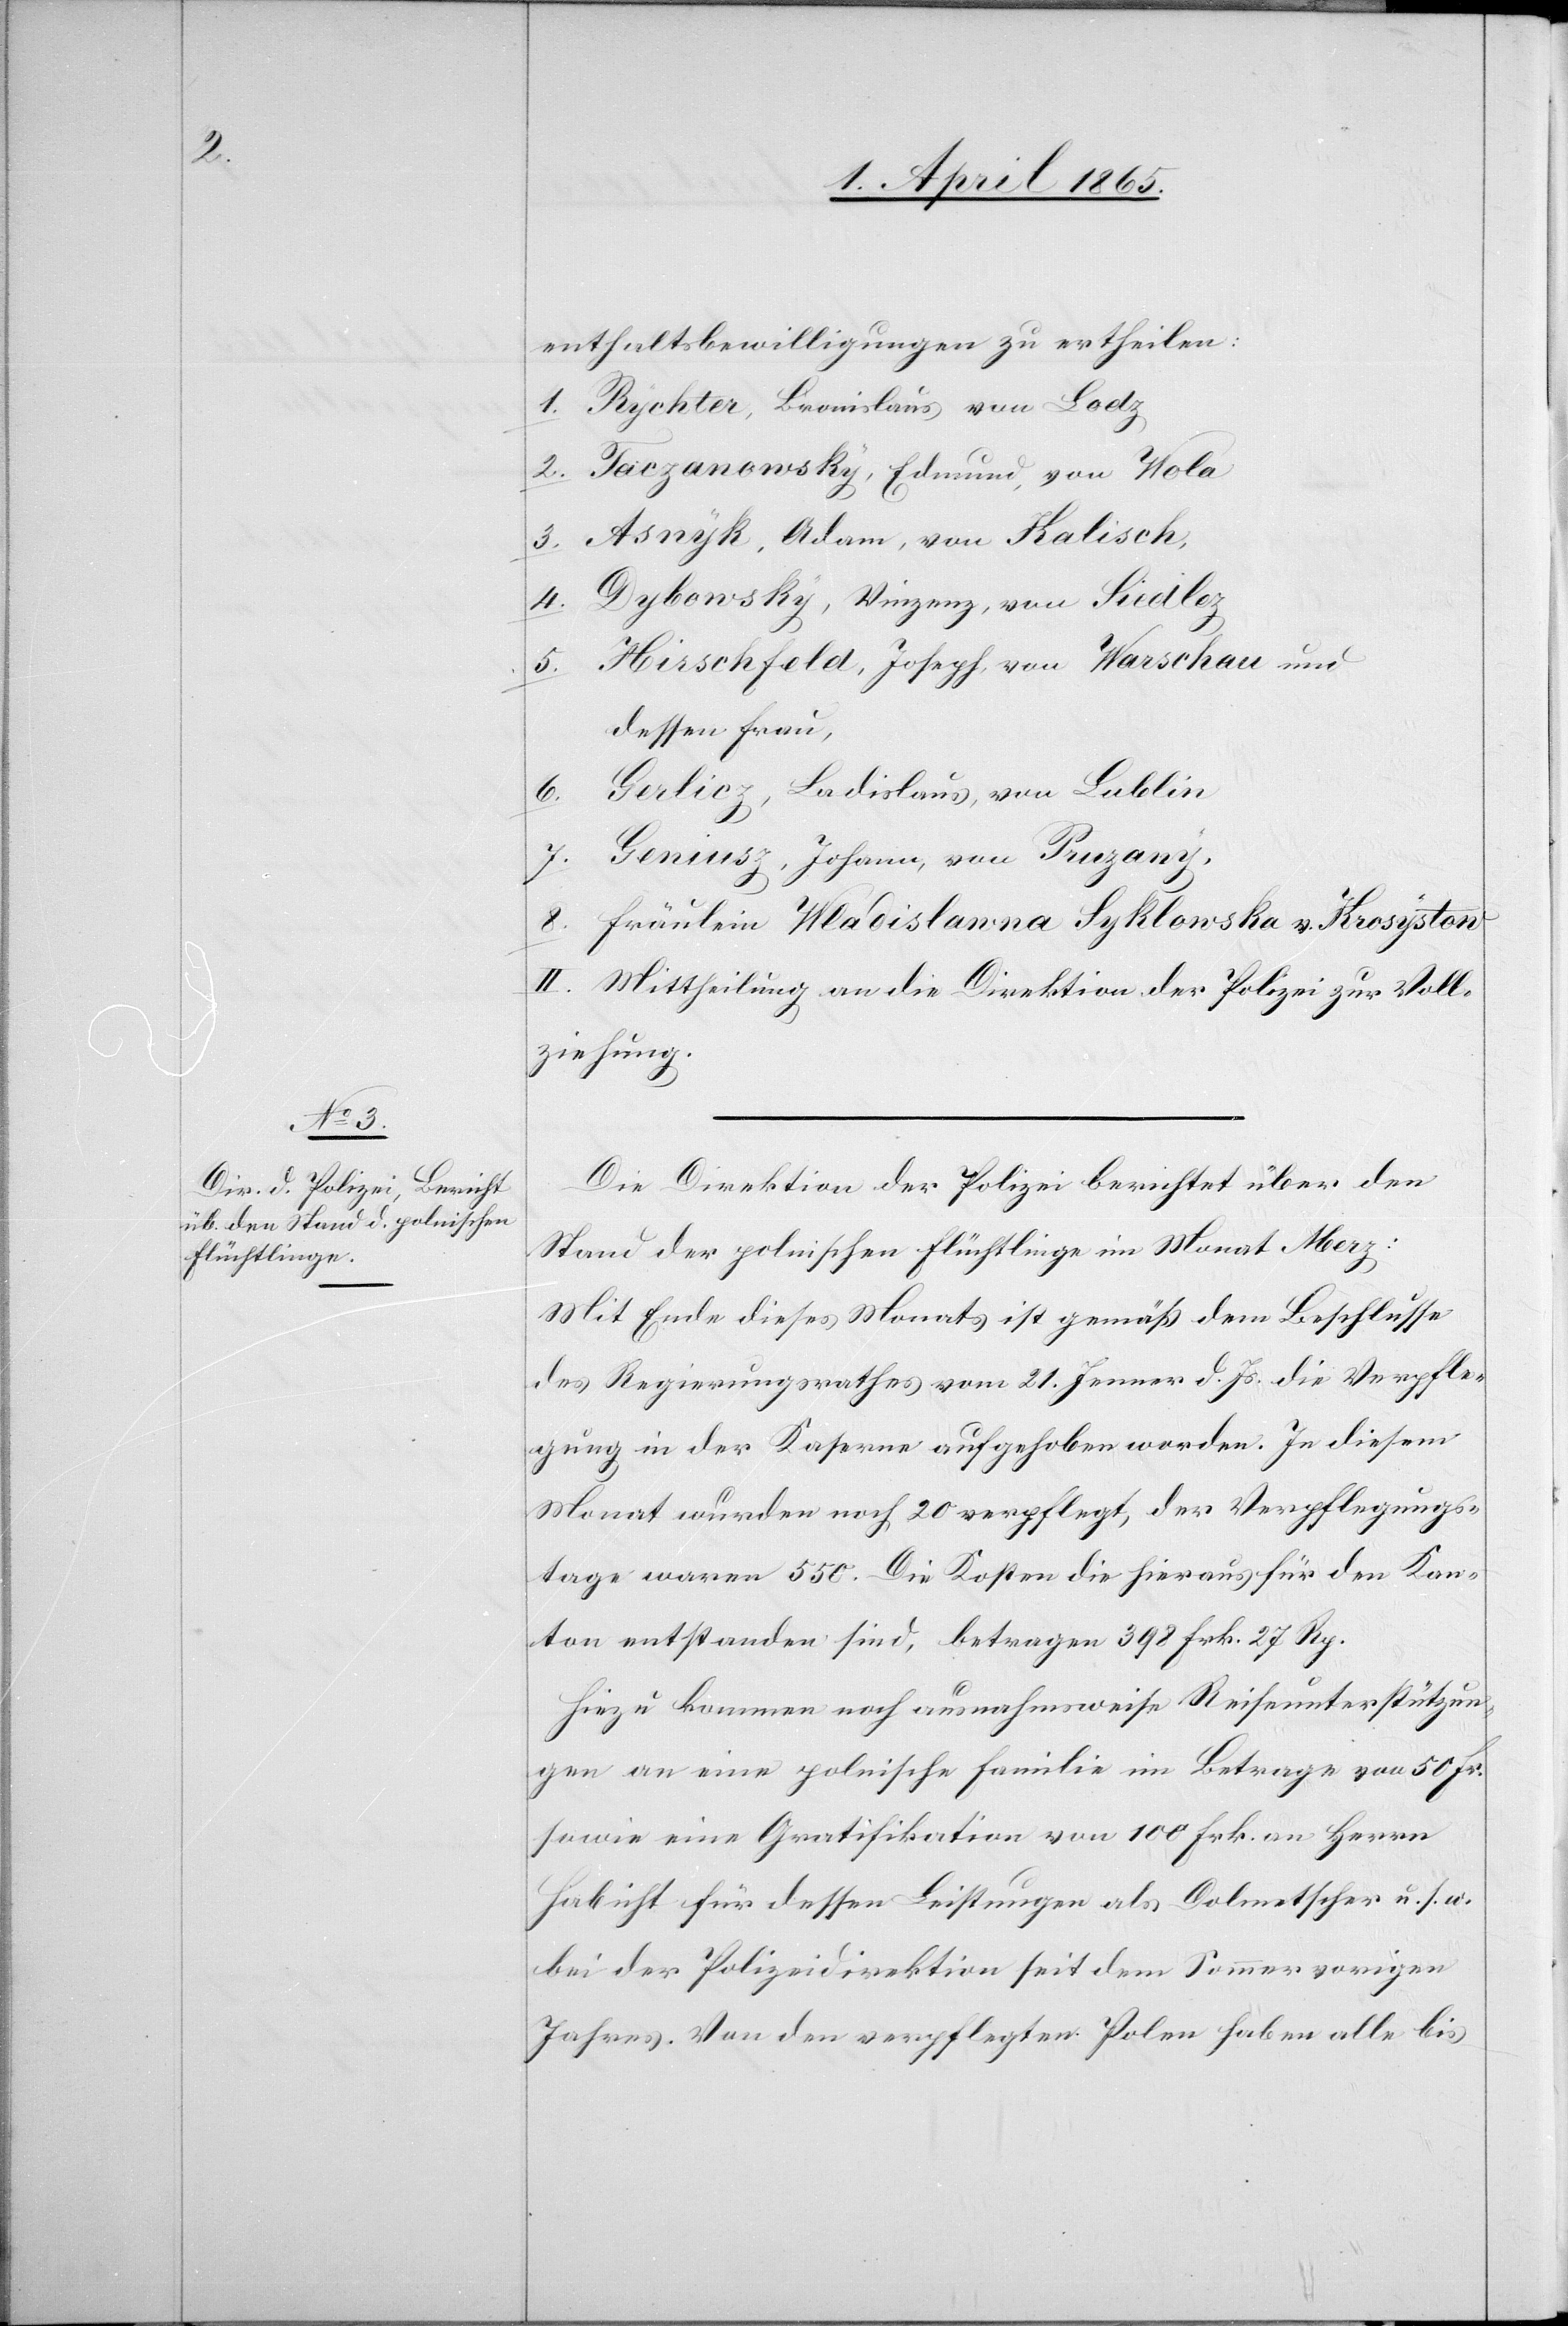
enthaltsbewilligungen zu ertheilen.
1. Rychter, Bronislaus von Lodz
2. Taczanewsky, Edmund, von Wola
3. Asnyk, Adam, von Kalisch,
4. Dybowsky, Vinzenz, von Siedlez
5. Hirschfeld, Joseph, von Warschau und
dessen Frau,
6. Gerlicz, Ladislaus, von Lublin
7. Geninsz, Johann, von Pruzany,
8. Fräulein Wladislawna Syklowska v. Krosystow
II. Mittheilung an die Direktion der Polizei zur Voll¬
ziehung.
Die Direktion der Polizei berichtet über den
Stand der polnischen Flüchtlinge im Monat Merz:
Mit Ende dieses Monats ist gemäß dem Beschlusse
des Regierungsrathes vom 21. Jenner d. Js. die Verpfle¬
gung in der Kaserne aufgehoben worden. In diesem
Monat wurden noch 20 verpflegt, der Verpflegungs¬
tage waren 550. Die Kosten die hieraus für den Kan¬
ton entstanden sind, betragen 398 Frk. 27 Rp.
Hiezu kommen noch ausnahmsweise Reiseunterstützun¬
gen an eine polnische Familie im Betrage von 50 Fr.
sowie eine Gratifikation von 100 Frk. an Herrn
Habicht für dessen Leistungen als Dolmetscher u. s. w.
bei der Polizeidirektion seit dem Sommer vorigen
Jahres. Von den verpflegten Polen haben alle bis